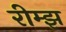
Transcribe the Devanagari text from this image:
रीम्झ